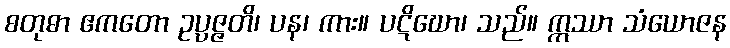
စတုဓာ ဧကတော ဥပ္ပဇ္ဇတိ၊ ပန၊ ကား။ ပဋိဃော၊ သည်။ ဣဿာ သံယောဇန